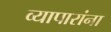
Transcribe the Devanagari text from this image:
व्यापारांना